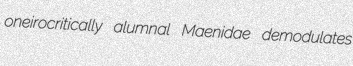
oneirocritically alumnal Maenidae demodulates